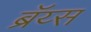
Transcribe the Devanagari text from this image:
ब्रॅय्स